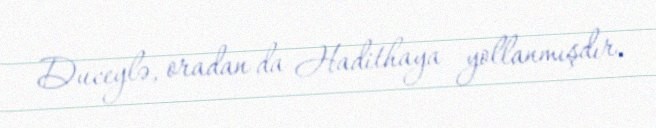
Duceylə, oradan da Hadithaya yollanmışdır.